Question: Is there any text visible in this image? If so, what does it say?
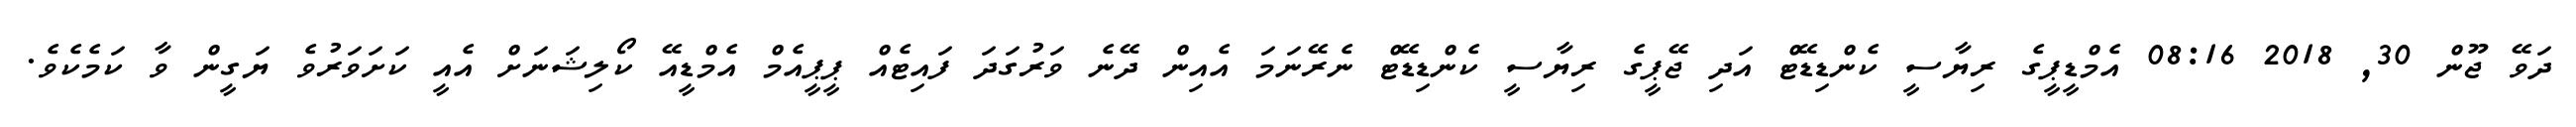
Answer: ދަވޭ ޖޫން 30, 2018 08:16 އެމްޑީޕީގެ ރިޔާސީ ކެންޑިޑޭޓް އަދި ޖޭޕީގެ ރިޔާސީ ކެންޑިޑޭޓް ނެރޭނަމަ އެއިން ދޭނެ ވަރުގަދަ ފައިޓެއް ޕީޕީއެމް އެމްޑީއޭ ކޯލިޝަނަށް އެއީ ކަށަވަރުވެ ޔަގީން ވާ ކަމެކެވެ.